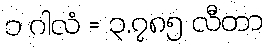
၁ ဂါလံ = ၃.၇၈၅ လီတာ